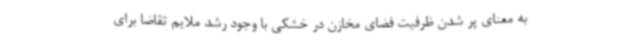
به معنای پر شدن ظرفیت فضای مخازن در خشکی با وجود رشد ملایم تقاضا برای